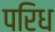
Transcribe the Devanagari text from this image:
परिध